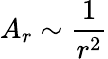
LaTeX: A_{r}\sim\frac{1}{r^{2}}